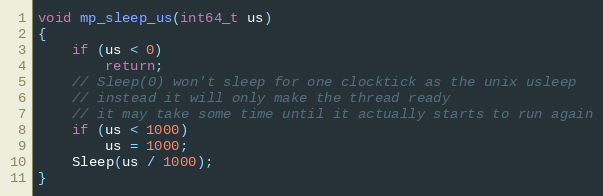
Language: C
void mp_sleep_us(int64_t us)
{
    if (us < 0)
        return;
    // Sleep(0) won't sleep for one clocktick as the unix usleep
    // instead it will only make the thread ready
    // it may take some time until it actually starts to run again
    if (us < 1000)
        us = 1000;
    Sleep(us / 1000);
}